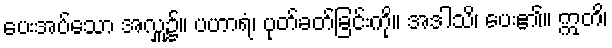
ပေးအပ်သော အလှူ၌။ ပဟာရံ၊ ပုတ်ခတ်ခြင်းကို။ အဒါသိ၊ ပေး၏။ ဣတိ၊